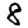
Digit: 8